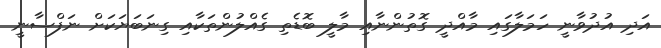
އަދި އުދުވާނީ ހަމަލާގައި މާއްދީ ގޮތުންނާއި މާލީ ބޮޑެތި ގެއްލުންތަކާއި ގިނަބަޔަކަށް ނަފްސާނީ